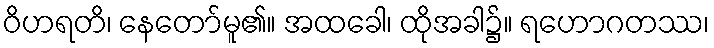
ဝိဟရတိ၊ နေတော်မူ၏။ အထခေါ၊ ထိုအခါ၌။ ရဟောဂတဿ၊